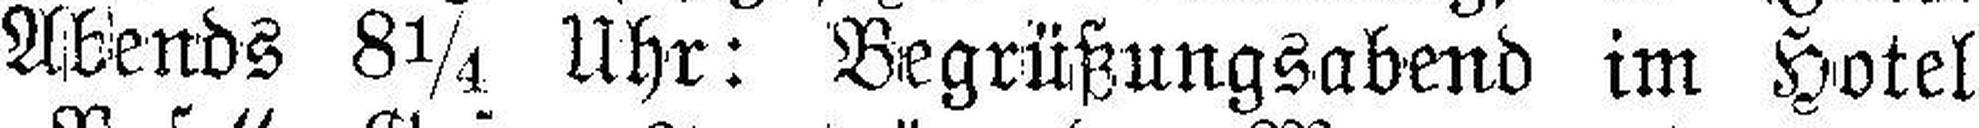
Abends 8¼ Uhr: Begrüßungsabend im Hotel